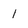
Character: 1